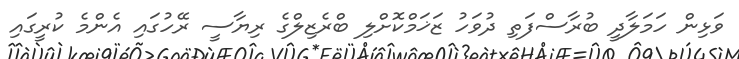
ވަޅިން ހަމަލާދީ ބުރާސްފަތި ދުވަހު ޒަޚަމްކޮށްލި ބްރެޒިލްގެ ރިޔާސީ ރޭހުގައި އެންމެ ކުރީގައި